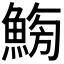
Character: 𩷸